Vaccination in Burma 1912-1922 - 1912-1922
Year: 1912
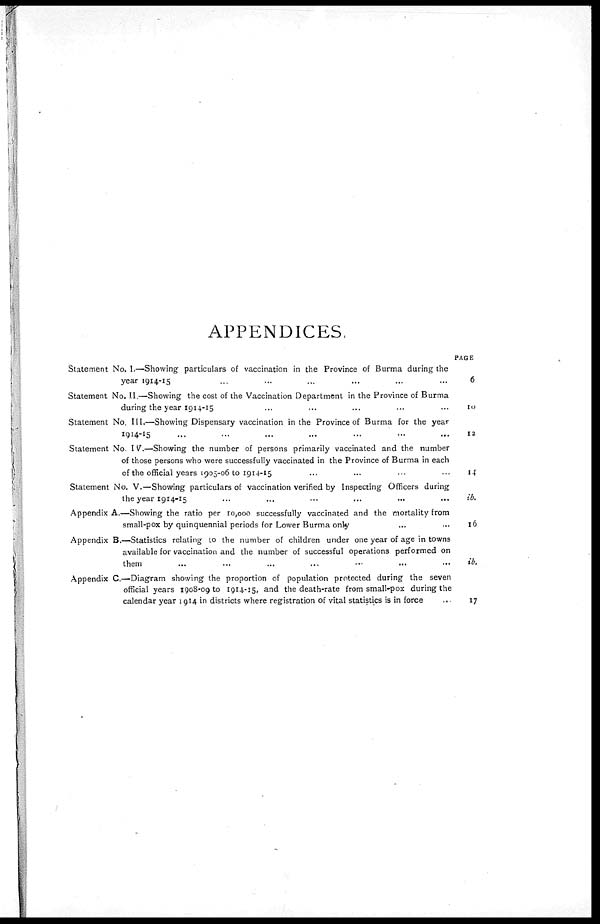
APPENDICES
Statement No. I.—Showing particulars of vaccination in the Province of Burma during the
year 1914-15
Statement No. II.—Showing the cost of the Vaccination Department in the Province of Burma
during the year 1914-15
Statement No. III.—Showing Dispensary vaccination in the Province of Burma for the year
1914-15... ... ...
Statement No. IV.—Showing the number of persons primarily vaccinated and the number
of those persons who were successfully vaccinated in the Province of Burma in each
of the official years 1905-06 to 1914-15... ... ...
Statement No. V.—Showing particulars of vaccination verified by Inspecting Officers during
the year 1914-15... ... ...
Appendix A.—Showing the ratio per 10,000 successfully vaccinated and the mortality from
small-pox by quinquennial periods for Lower Burma only... ... ...
Appendix B.—Statistics relating to the number of children under one year of age in towns
available for vaccination and the number of successful operations performed on
them... ... ...
Appendix C.—Diagram showing the proportion of population protected during the seven
official years 1908-09 to 1914-15, and the death-rate from small-pox during the
calendar year 1914 in districts where registration of vital statistics is in force...
PAGE
6
10
12
14
ib.
16
ib.
17